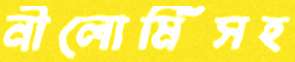
নীলোর্মিসহ